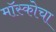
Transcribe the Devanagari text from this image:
मॉस्कोचा